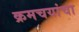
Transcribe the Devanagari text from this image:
क्रमचयांचा